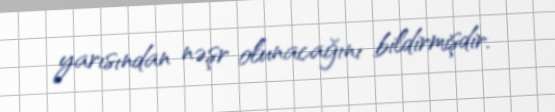
yarısından nəşr olunacağını bildirmişdir.